Physiological action of certain drugs in tablet form - Number 52A
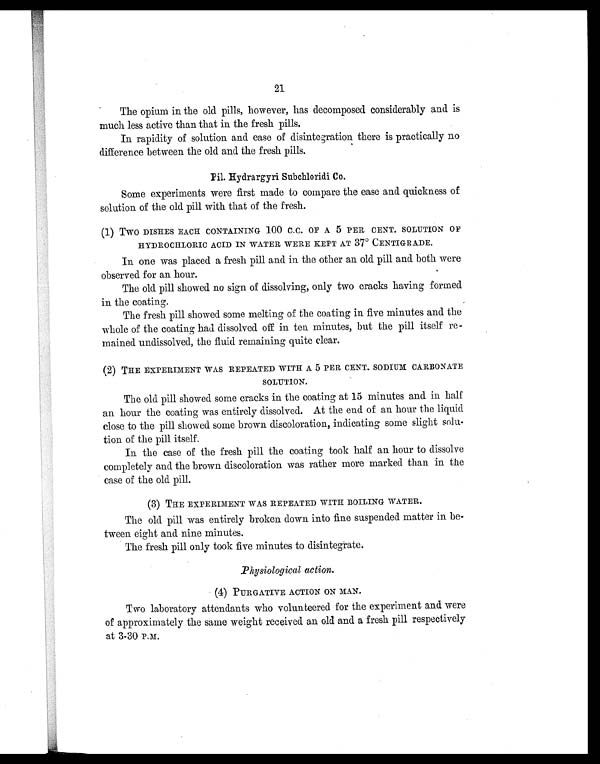
21
The opium in the old pills, however, has decomposed considerably and is
much less active than that in the fresh pills.
In rapidity of solution and ease of disintegration there is practically no
difference between the old and the fresh pills.
Pil. Hydrargyri Subchloridi Co.
Some experiments were first made to compare the ease and quickness of
solution of the old pill with that of the fresh.
(1)
Two DISHES EACH CONTAINING 100 C.C. OF A 5 PER CENT. SOLUTION OF
HYDROCHLORIC ACID IN WATER WERE KEPT AT 37° CENTIGRADE.
In one was placed a fresh pill and in the other an old pill and both were
observed for an hour.
The old pill showed no sign of dissolving, only two cracks having formed
in the coating.
The fresh pill showed some melting of the coating in five minutes and the
whole of the coating had dissolved off in ten minutes, but the pill itself re-
mained undissolved, the fluid remaining quite clear.
(2)
THE EXPERIMENT WAS REPEATED WITH A 5 PER CENT. SODIUM CARBONATE
SOLUTION.
The old pill showed some cracks in the coating at 15 minutes and in half
an hour the coating was entirely dissolved. At the end of an hour the liquid
close to the pill showed some brown discoloration, indicating some slight solu-
tion of the pill itself.
In the case of the fresh pill the coating took half an hour to dissolve
completely and the brown discoloration was rather more marked than in the
case of the old pill.
(3)
THE EXPERIMENT WAS REPEATED WITH BOILING WATER.
The old pill was entirely broken down into fine suspended matter in be-
tween eight and nine minutes.
The fresh pill only took five minutes to disintegrate.
Physiological action.
(4) PURGATIVE ACTION ON MAN.
Two laboratory attendants who volunteered for the experiment and were
of approximately the same weight received an old and a fresh pill respectively
at 3-30 P.M.